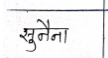
मजकूर: सुनैना